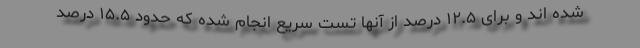
شده اند و برای ۱۲.۵ درصد از آنها تست سریع انجام شده که حدود ۱۵.۵ درصد